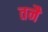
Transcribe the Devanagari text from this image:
तनै